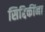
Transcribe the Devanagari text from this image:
सिद्दिकींना